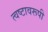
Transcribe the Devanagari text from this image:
त्वष्टावरूपी